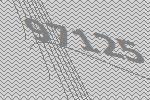
97125